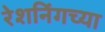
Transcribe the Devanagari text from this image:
रेशनिंगच्या